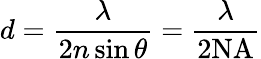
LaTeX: d={\frac{\lambda}{2n\sin\theta}}={\frac{\lambda}{2\mathrm{NA}}}